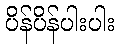
ပိန်ပိန်ပါးပါး